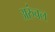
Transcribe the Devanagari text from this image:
अरुंचल